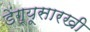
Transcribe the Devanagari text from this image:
डेंग्यूसारखी